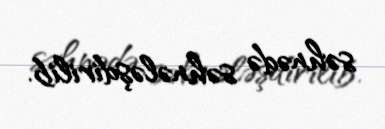
səhnədə səhnələşdirilib.